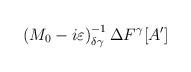
LaTeX: \begin{align*}\left( M_{0}-i\varepsilon \right) ^{-1}_{\delta \gamma }\Delta F^{\gamma }[A']\end{align*}